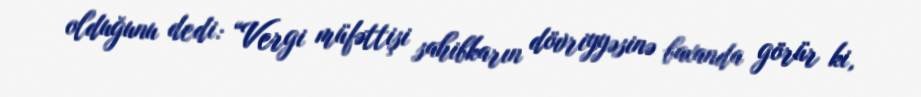
olduğunu dedi: “Vergi müfəttişi sahibkarın dövriyyəsinə baxanda görür ki,